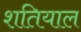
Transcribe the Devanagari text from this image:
शतियाल